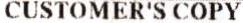
CUSTOMER'S COPY